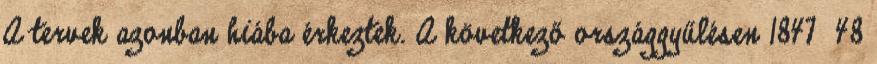
A tervek azonban hiába érkeztek. A következő országgyűlésen 1847 48